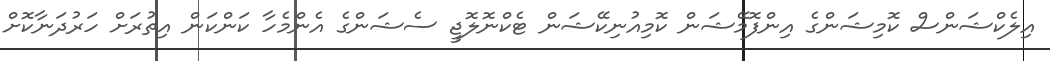
އިލެކްޝަންސް ކޮމިޝަންގެ އިންފޮމޭޝަން ކޮމިއުނިކޭޝަން ޓެކްނޮލޮޖީ ސެޝަންގެ އެންމެހާ ކަންކަން އިތުރަށް ހަރުދަނާކޮށް